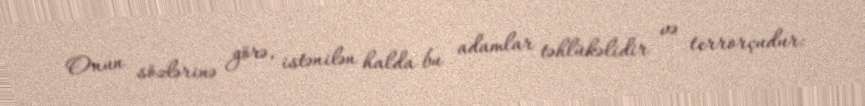
Onun sözlərinə görə, istənilən halda bu adamlar təhlükəlidir və terrorçudur: